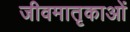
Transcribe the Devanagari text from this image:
जीवमातृकाओं